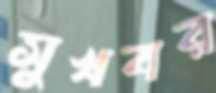
সুখবর